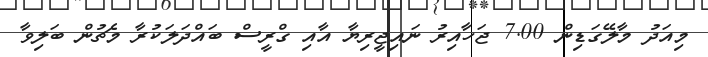
މިއަދު މާލޭގަޑިން 7.00 ޖަހާއިރު ނައިޖީރިޔާ އާއި ގްރީސް ބައްދަލަކުރާ މެޗުން ބަލިވާ